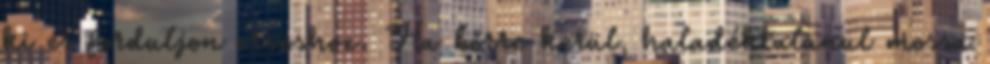
ki és forduljon orvoshoz. Ha bőrre kerül, haladéktalanul mossa